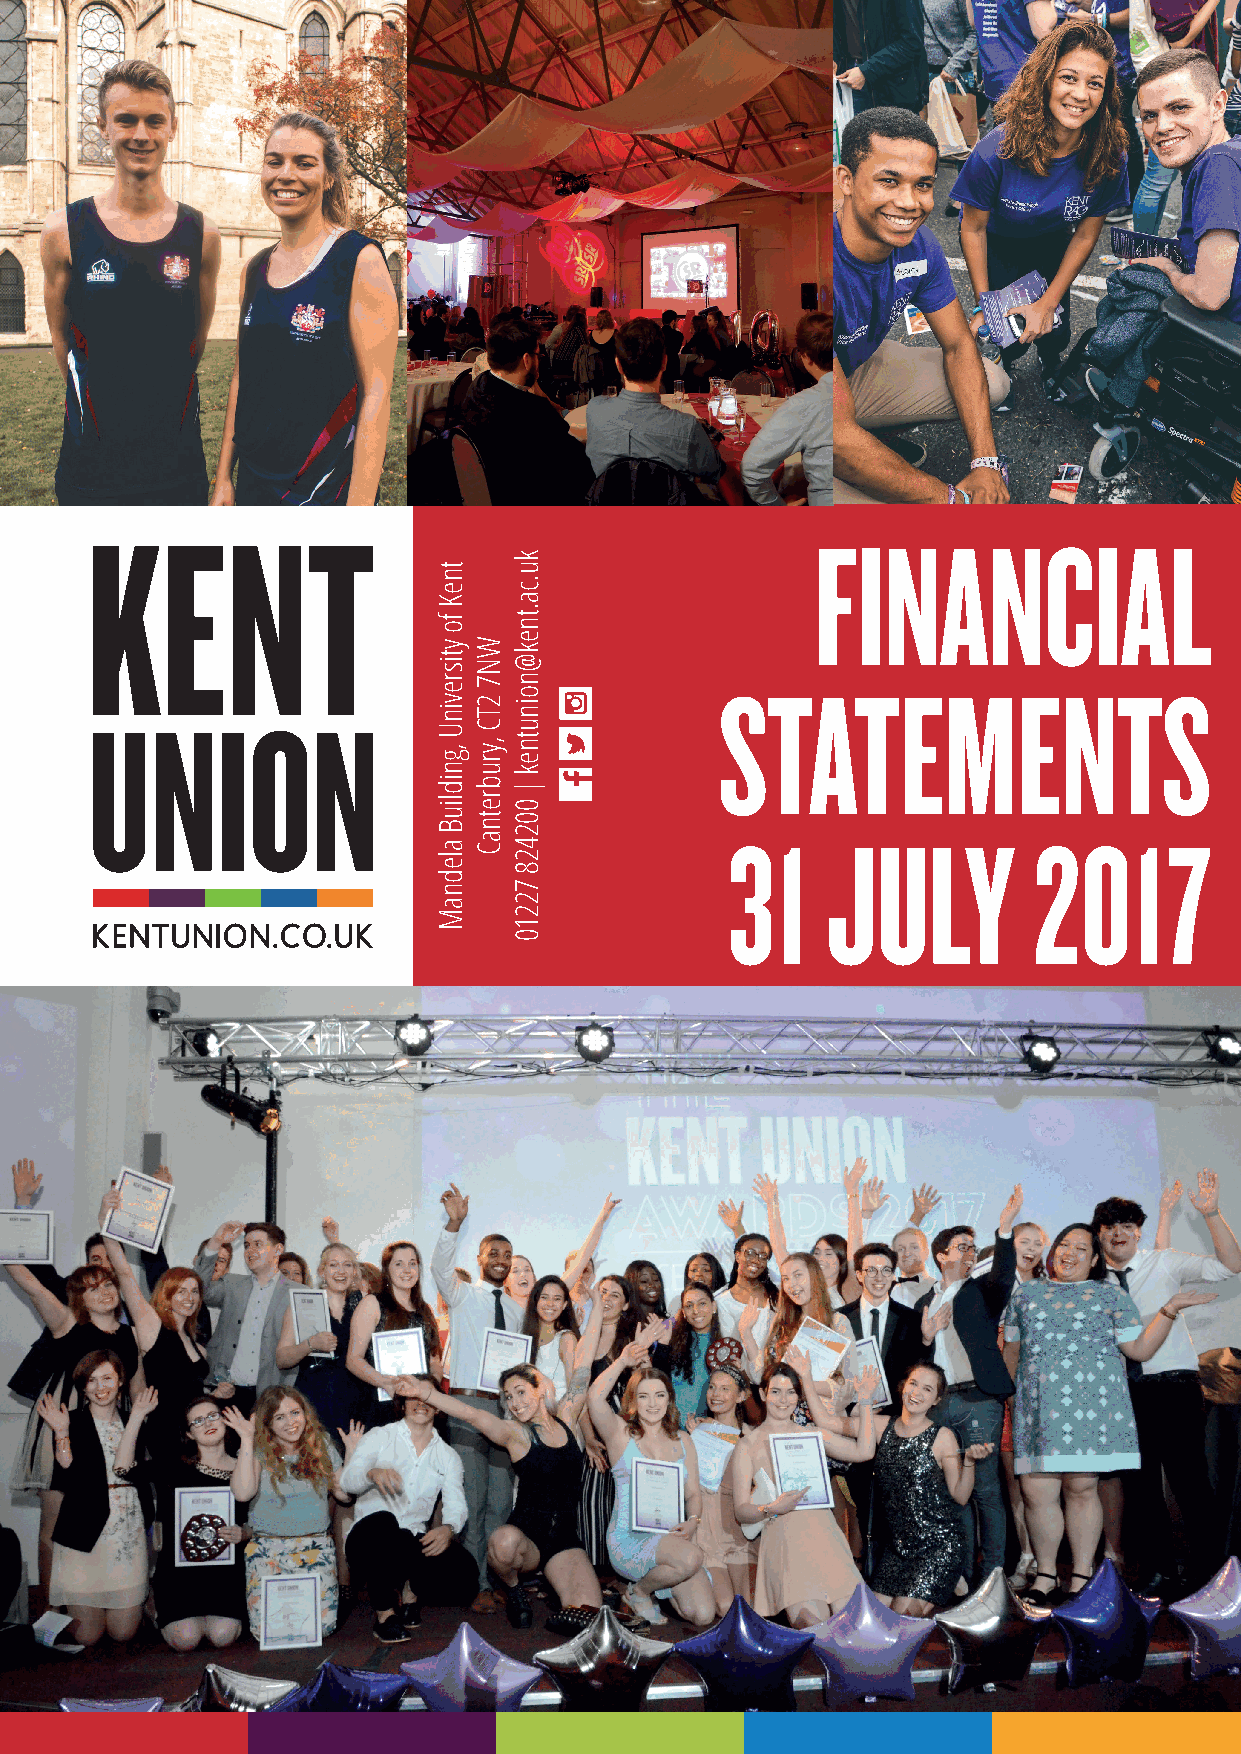
FINANCIAL
 STATEMENTS
 31     JULY         2017
 tneK
 fo
 ytisrevinU
 ,gnidliuB
 alednaM
 WN7
 2TC
 ,yrubretnaC
 ku.ca.tnek@noinutnek
 |
 002428
 72210